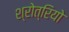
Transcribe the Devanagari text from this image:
श्रोत्रियो